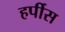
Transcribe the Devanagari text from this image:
हर्पीस